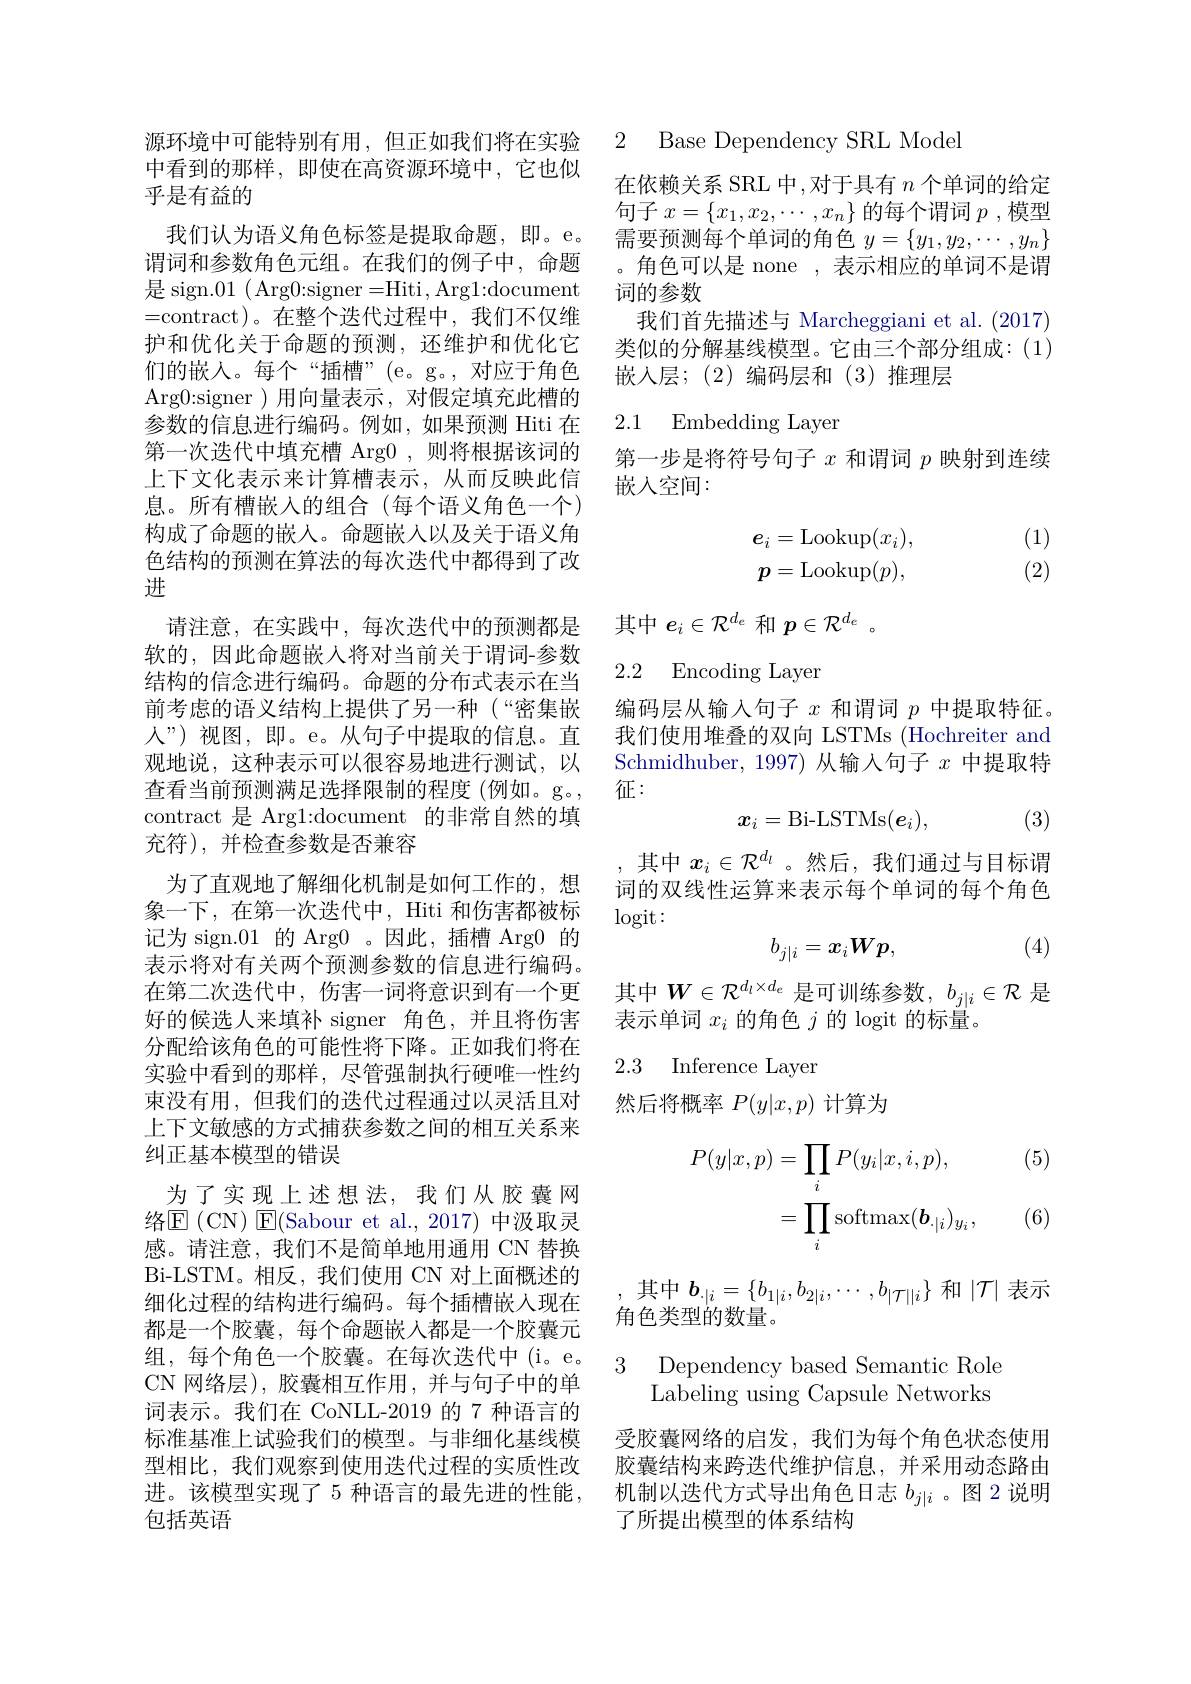
源环境中可能特别有用，但正如我们将在实验中看到的那样，即使在高资源环境中，它也似乎是有益的

我们认为语义角色标签是提取命题，即。e。谓词和参数角色元组。在我们的例子中，命题是 sign.01 ( Arg0:signer=Hiti, Arg1:document =contract)。在整个迭代过程中，我们不仅维护和优化关于命题的预测，还维护和优化它们的嵌入。每个“插槽”(e。g。,对应于角色Arg0:signer )用向量表示，对假定填充此槽的参数的信息进行编码。例如，如果预测 Hiti 在第一次迭代中填充槽 Arg0 ,则将根据该词的上下文化表示来计算槽表示，从而反映此信息。所有槽嵌入的组合(每个语义角色一个) 构成了命题的嵌人。命题嵌人以及关于语义角色结构的预测在算法的每次迭代中都得到了改进
请注意，在实践中，每次迭代中的预测都是软的，因此命题嵌人将对当前关于谓词-参数结构的信念进行编码。命题的分布式表示在当前考虑的语义结构上提供了另一种(“密集嵌人”)视图，即。e。从句子中提取的信息。直观地说，这种表示可以很容易地进行测试，以查看当前预测满足选择限制的程度(例如。g。, contract 是 Argl:document 的非常自然的填充符),并检查参数是否兼容
为了直观地了解细化机制是如何工作的，想象一下，在第一次迭代中，Hiti 和伤害都被标记为 sign.01 的 Arg0 。因此，插槽 Arg0 的表示将对有关两个预测参数的信息进行编码。在第二次迭代中，伤害一词将意识到有一个更好的候选人来填补 signer 角色，并且将伤害分配给该角色的可能性将下降。正如我们将在实验中看到的那样，尽管强制执行硬唯一性约束没有用，但我们的迭代过程通过以灵活且对上下文敏感的方式捕获参数之间的相互关系来纠正基本模型的错误
为了实现上述想法，我们从胶囊网络$\operatorname{E}($CN)$\operatorname{E}($Sabour et al.,2017)中汲取灵感。请注意，我们不是简单地用通用 CN 替换Bi-LSTM。相反，我们使用 CN 对上面概述的细化过程的结构进行编码。每个插槽嵌入现在都是一个胶囊，每个命题嵌人都是一个胶囊元组，每个角色一个胶囊。在每次迭代中(i。e。CN 网络层),胶囊相互作用，并与句子中的单词表示。我们在 CoNLL-2019 的 7 种语言的标准基准上试验我们的模型。与非细化基线模型相比，我们观察到使用迭代过程的实质性改进。该模型实现了 5 种语言的最先进的性能， 包括英语

2 Base Dependency SRL Mode

在依赖关系 SRL 中，对于具有 $n$ 个单词的给定句子 $x=\left\{x_1,x_2,\cdots,x_n\right\}$的每个谓词 $p$,模型需要预测每个单词的角色$y=\{y_1,y_2,\cdots,y_n\}$ 。角色可以是 none ,表示相应的单词不是谓词的参数
我们首先描述与 Marcheggiani et al. (2017) 类似的分解基线模型。它由三个部分组成：(1) 嵌入层；(2)编码层和(3)推理层

### 2.1 Embedding Layen

第一步是将符号句子$x$和谓词$p$映射到连续
嵌入空间：

(1)
$$\begin{aligned}e_i&=\mathrm{Lookup}(x_i),\\p&=\mathrm{Lookup}(p),\end{aligned}$$
(2)

其中$e_i\in\mathcal{R}^d_e$和$p\in\mathcal{R}^d_e$ 。

### 2.2 Encoding Layer

编码层从输入句子$x$和谓词$p$中提取特征。我们使用堆叠的双向 LSTMs (Hochreiter and Schmidhuber, 1997)从输入句子$x$中提取特征：
$$x_i=\text{Bi-LSTMs}(\boldsymbol{e}_i),$$
(3)

,其中$x_i\in\mathcal{R}^{d_l}$ 。然后，我们通过与目标谓词的双线性运算来表示每个单词的每个角色$\log$it:
$$b_{j|i}=x_iWp,$$
(4)

其中$W\in\mathcal{R}^{d_l\times d_e}$是可训练参数，$b_j|i\in\mathcal{R}$是
表示单词$x_i$的角色$j$的 logit 的标量。

2.3 Inference Layer

然后将概率$P(y|x,p)$计算为

(5)
$$\begin{aligned}P(y|x,p)&=\prod_{i}P(y_{i}|x,i,p),\\&=\prod_{i}\mathrm{softmax}(\boldsymbol{b}_{\cdot|i})_{y_{i}},\end{aligned}$$
(6)

,其中$\boldsymbol{b}_.|i=\{b_{1|i},b_{2|i},\cdots,b_{|\mathcal{T}||i}\}$和$|\mathcal{T}|$表示
角色类型的数量。

受胶囊网络的启发，我们为每个角色状态使用胶囊结构来跨迭代维护信息，并采用动态路由机制以迭代方式导出角色日志$b_j|i$ 。图 2 说明了所提出模型的体系结构